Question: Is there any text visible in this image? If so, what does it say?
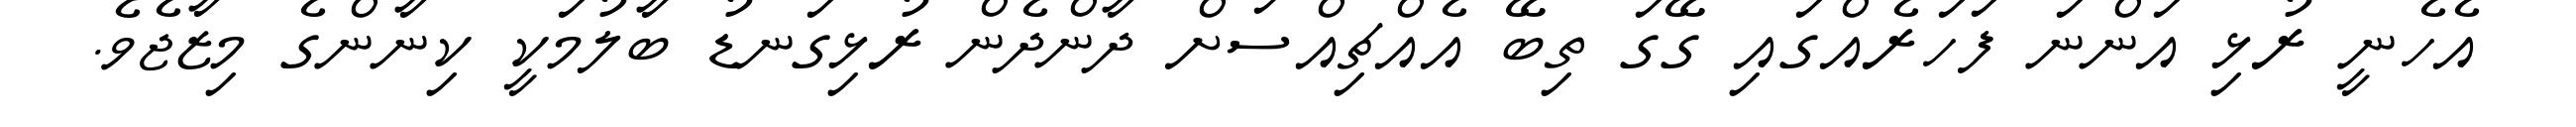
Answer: އެހެނީ ރުޅި އަންނަ ފަހަރެއްގައި ގޭގަ ތިބޭ އެއްޗިއްސަށް ދާންދެން ރުޅިގަނޑު ބާލުމަކީ ކިނާންގެ މިޒާޖެވެ.